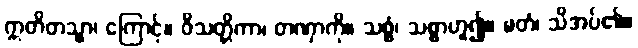
ဣတိတသ္မာ၊ ကြောင့်။ ဝိသတ္တိကာ၊ တဏှာကို။ သစ္စံ၊ သစ္စာဟူ၍။ မတံ၊ သိအပ်၏။